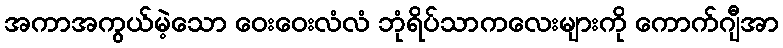
အကာအကွယ်မဲ့သော ဝေးဝေးလံလံ ဘုံရိပ်သာကလေးများကို ကောက်ဂျီအာ